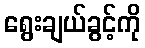
ရွေးချယ်ခွင့်ကို